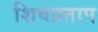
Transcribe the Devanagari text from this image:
शिवप्रताप